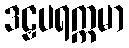
ဒဠှပရက္ကမာ